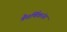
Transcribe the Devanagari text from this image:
त्रैवर्णिकांना